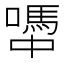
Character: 𡁉